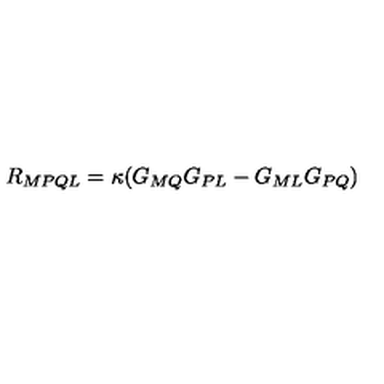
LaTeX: R _ { M P Q L } = \kappa ( G _ { M Q } G _ { P L } - G _ { M L } G _ { P Q } )